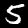
Digit: 5